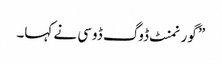
” گورنمنٹ ڈوگ ڈوسی نے کہا۔